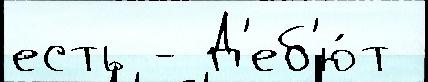
есть - Д'еб'ю́т